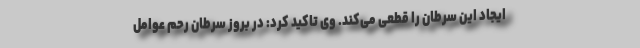
ایجاد این سرطان را قطعی می‌کند. وی تاکید کرد: در بروز سرطان رحم عوامل